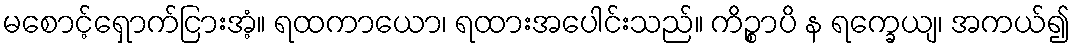
မစောင့်ရှောက်ငြားအံ့။ ရထကာယော၊ ရထားအပေါင်းသည်။ ကိဉ္စာပိ န ရက္ခေယျ၊ အကယ်၍